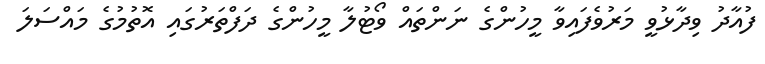
ފުއާދު ވިދާޅުވީ މަރުވެފައިވާ މީހުންގެ ނަންތައް ވޯޓުލާ މީހުންގެ ދަފްތަރުގައި އޮތުމުގެ މައްސަލަ